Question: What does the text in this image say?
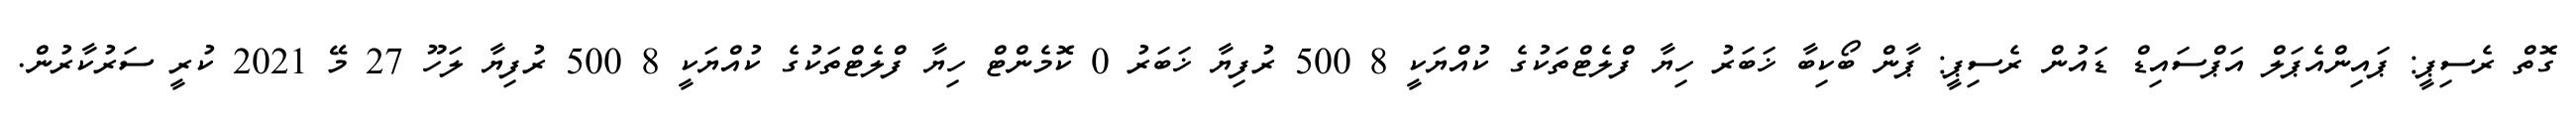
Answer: ގޮތް ރެސިޕީ: ޕައިންއެޕަލް އަޕްސައިޑް ޑައުން ރެސިޕީ: ޕާން ބޯކިބާ ޚަބަރު ހިޔާ ފްލެޓްތަކުގެ ކުއްޔަކީ 8 500 ރުފިޔާ ޚަބަރު 0 ކޮމެންޓް ހިޔާ ފްލެޓްތަކުގެ ކުއްޔަކީ 8 500 ރުފިޔާ ލަހޫ 27 މޭ 2021 ކުރީ ސަރުކާރުން.